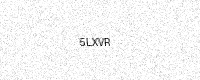
Text: 5LXVR